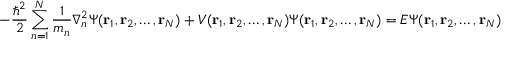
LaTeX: - { \frac { \hbar ^ { 2 } } { 2 } } \sum _ { n = 1 } ^ { N } { \frac { 1 } { m _ { n } } } \nabla _ { n } ^ { 2 } \Psi ( \mathbf { r } _ { 1 } , \mathbf { r } _ { 2 } , \ldots , \mathbf { r } _ { N } ) + V ( \mathbf { r } _ { 1 } , \mathbf { r } _ { 2 } , \ldots , \mathbf { r } _ { N } ) \Psi ( \mathbf { r } _ { 1 } , \mathbf { r } _ { 2 } , \ldots , \mathbf { r } _ { N } ) = E \Psi ( \mathbf { r } _ { 1 } , \mathbf { r } _ { 2 } , \ldots , \mathbf { r } _ { N } )